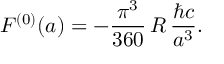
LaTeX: F ^ { ( 0 ) } ( a ) = - \frac { \pi ^ { 3 } } { 3 6 0 } \, R \, \frac { \hbar c } { a ^ { 3 } } .